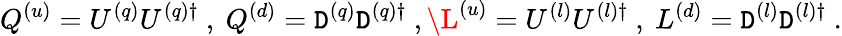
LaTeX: Q^{(u)}=U^{(q)}U^{(q)\dagger}\ ,\ Q^{(d)}=\mathtt{D}^{(q)}\mathtt{D}^{(q)\dagger}\ ,\L^{(u)}=U^{(l)}U^{(l)\dagger}\ ,\ L^{(d)}=\mathtt{D}^{(l)}\mathtt{D}^{(l)\dagger}\ .